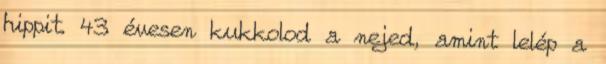
hippit. 43 évesen kukkolod a nejed, amint lelép a